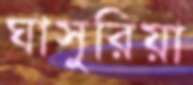
ঘাসুরিয়া